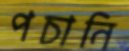
পচানি